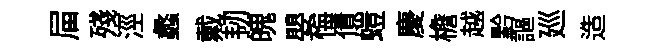
屇殘涇蠡戴韧魄嬰悔債螘慶檐越黔謳廵造